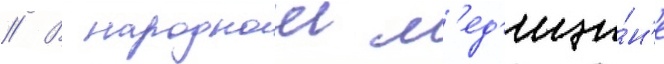
// В народнои м'ед'ици́н'е